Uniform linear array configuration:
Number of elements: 4
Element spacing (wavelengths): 0.75
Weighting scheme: hamming
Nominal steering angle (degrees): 60
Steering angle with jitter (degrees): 60.922
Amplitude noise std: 0.05
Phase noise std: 0.05

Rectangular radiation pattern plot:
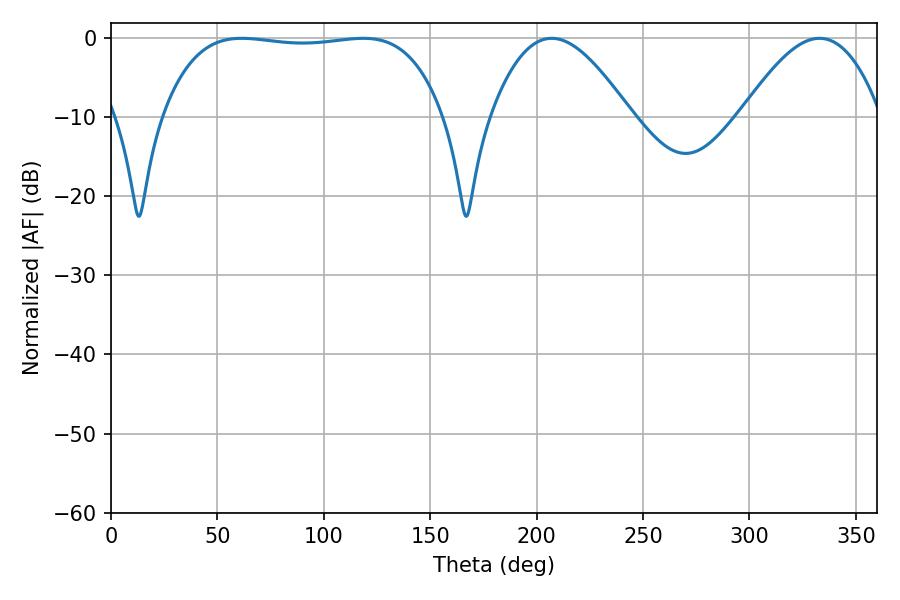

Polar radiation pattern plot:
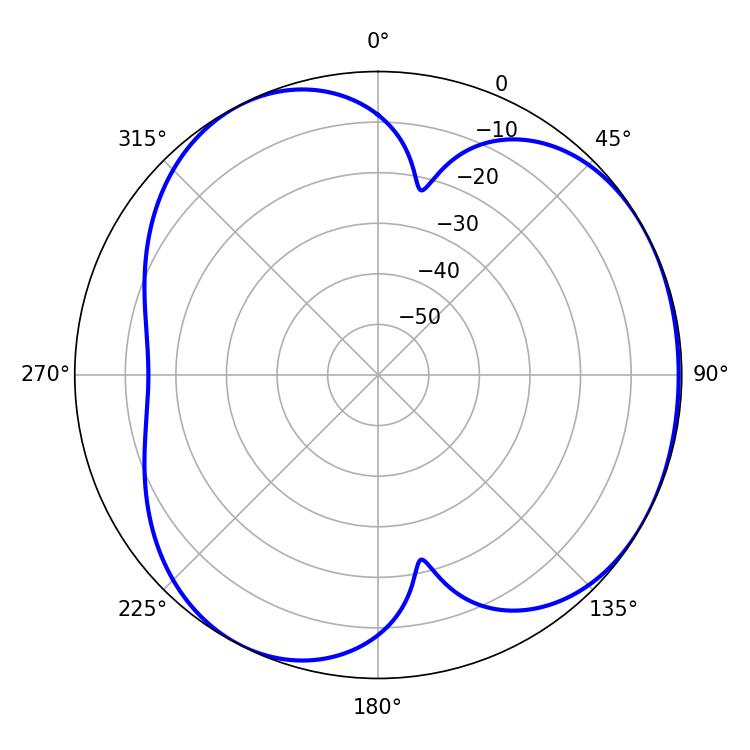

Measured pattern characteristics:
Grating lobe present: TRUE
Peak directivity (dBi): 3.859
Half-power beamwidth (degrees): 104.4
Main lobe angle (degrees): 61.38